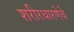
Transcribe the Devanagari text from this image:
शरीरधारणेचे